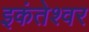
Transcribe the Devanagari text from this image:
इकंतेश्वर